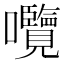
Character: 囕